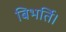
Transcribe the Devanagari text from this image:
बिभर्ति।